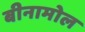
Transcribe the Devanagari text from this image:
बीनामोल